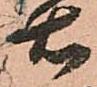
右